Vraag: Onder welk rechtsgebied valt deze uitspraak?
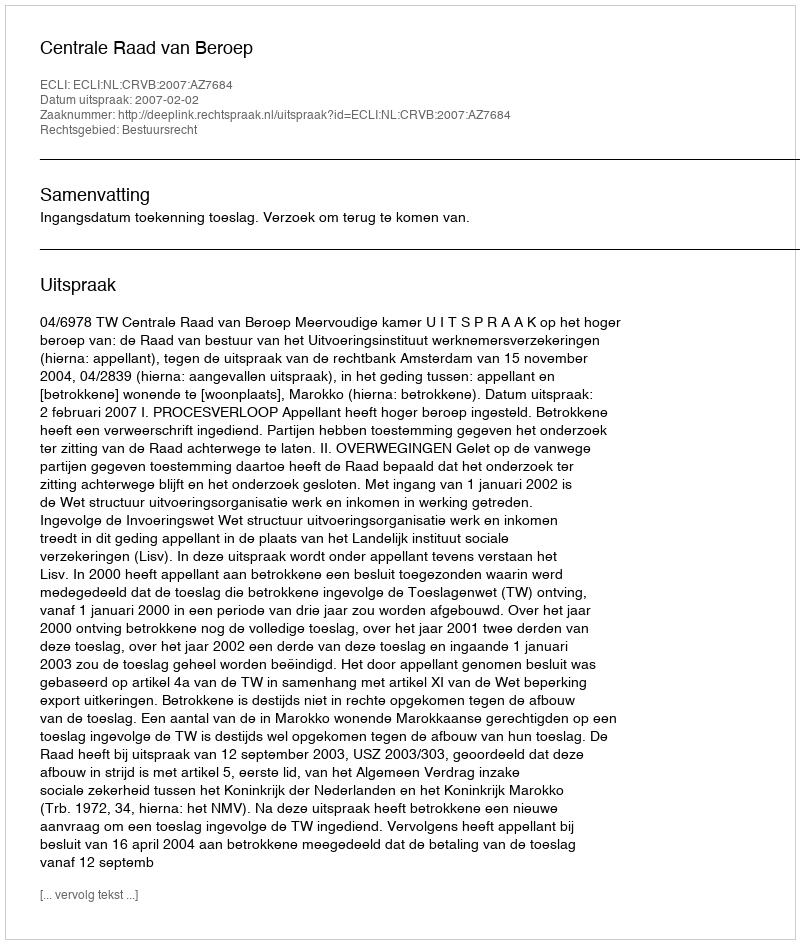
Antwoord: Bestuursrecht